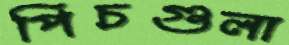
পিচগুলা